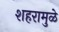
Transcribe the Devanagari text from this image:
शहरामुळे